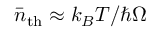
\bar { n } _ { \mathrm { t h } } \approx k _ { B } T / \hbar \Omega